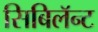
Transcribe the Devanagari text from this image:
सिबिलॅन्ट